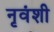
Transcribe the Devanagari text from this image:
नृवंशी